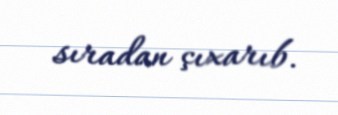
sıradan çıxarıb.